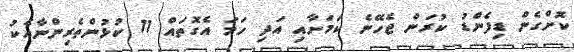
ކޮށްގެން ޑިފެންޑު ކުރަން ޖެހޭނެ ކަމަށާއި އަދި ހަމަ އެގޮތައް 11 ކުޅުންތެރިންނާއެކު